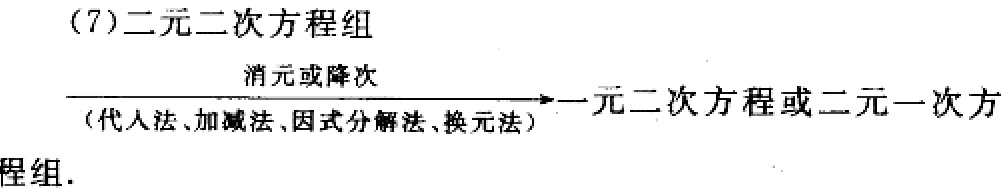
(7)二元二次方程组

消元或降次

（代人法、加减法、因式分解法、换元法）$\longrightarrow$一元二次方程或二元一次方程组.